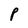
Character: P